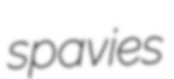
spavies